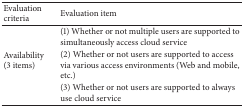
| Evaluation criteria | Evaluation item |
 | --- | --- |
 | <ROWSPAN=3> Availability (3 items) | (1) Whether or not multiple users are supported to simultaneously access cloud service |
 | (2) Whether or not users are supported to access via various access environments (Web and mobile, etc.) |
 | (3) Whether or not users are supported to always use cloud service |